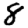
Digit: 8